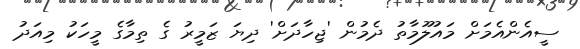
ސީއެންއެމަށް މައުލޫމާތު ދެމުން 'ޖިހާދަށް' ދިޔަ ޒަމީރު ގެ ތިމާގެ މީހަކު މިއަދު